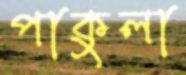
পাকুলা